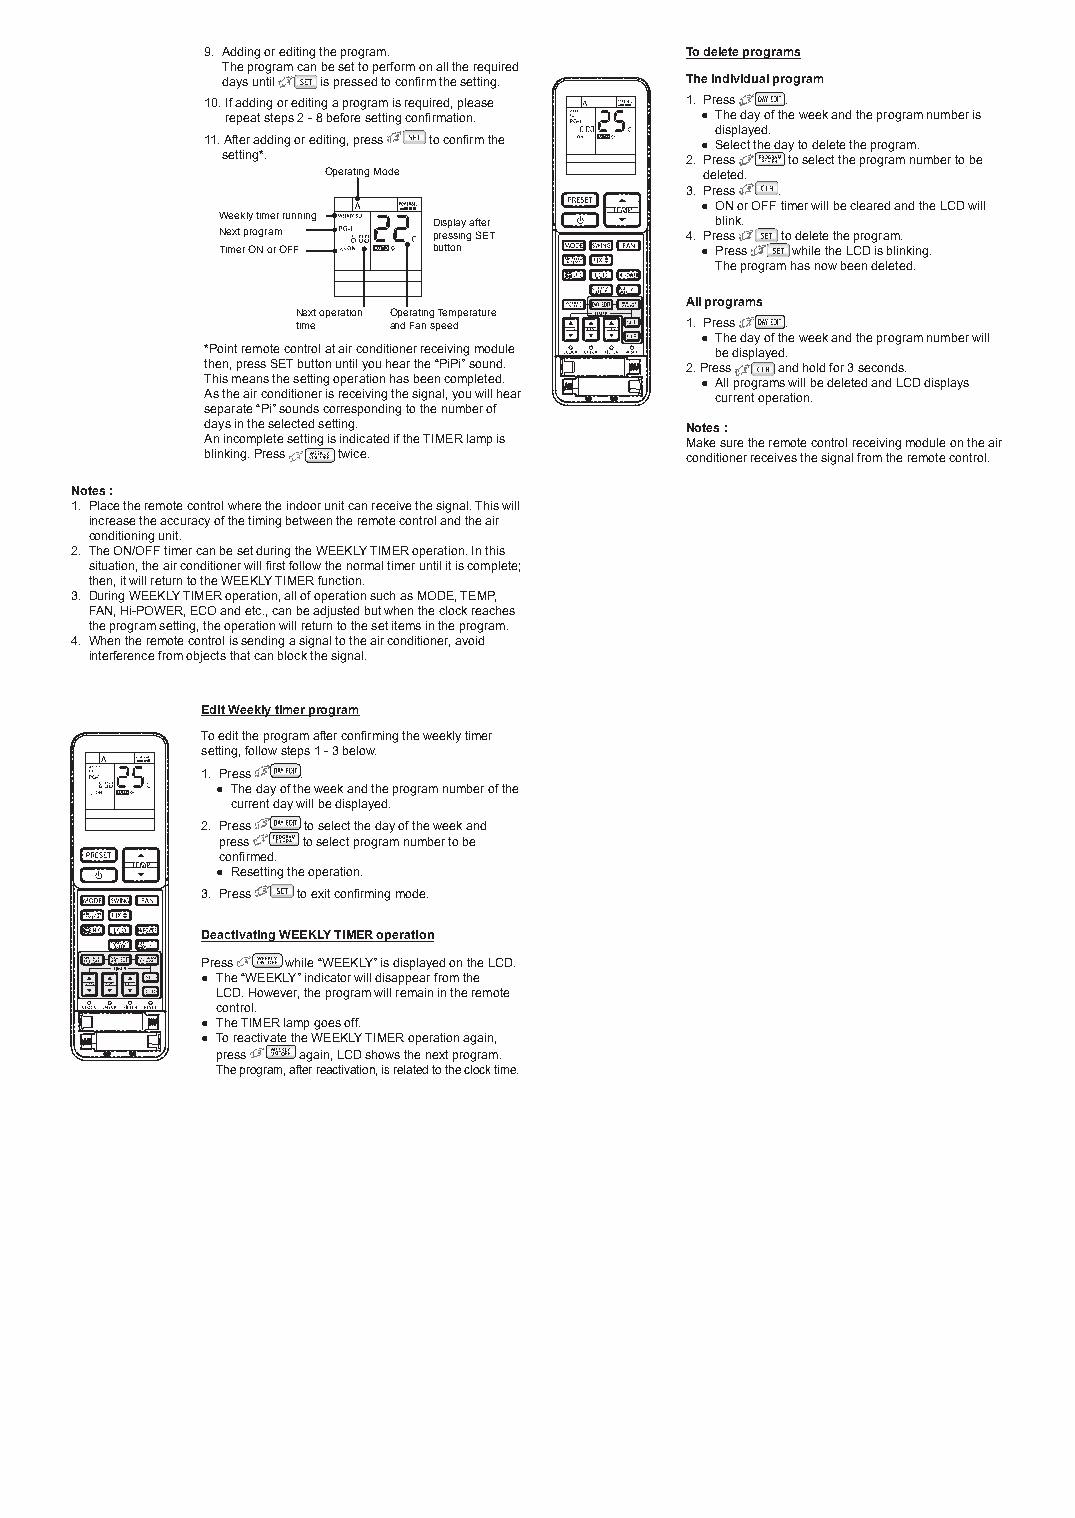
9. Adding or editing the program. To delete programs
 The program can be set to perform on all the required
 days until is pressed to confirm the setting. The individual program
 10. If adding or editing a program is required, please 1. Press .
 repeat steps 2 - 8 before setting confirmation. ● The day of the week and the program number is
 displayed.
 11. After adding or editing, press to confirm the ● Select the day to delete the program.
 setting*.                     2. Press to select the program number to be
 Operating Mode            deleted.
 3. Press .
 ● ON or OFF timer will be cleared and the LCD will
 Weekly timer running Display after blink.
 Next program  pressing SET    4. Press to delete the program.
 Timer ON or OFF button         ● Press while the LCD is blinking.
 The program has now been deleted.
 All programs
 Next operation Operating Temperature
 time  and Fan speed      1. Press .
 ● The day of the week and the program number will
 *Point remote control at air conditioner receiving module be displayed.
 then, press SET button until you hear the “PiPi” sound. 2. Press and hold for 3 seconds.
 This means the setting operation has been completed. ● All programs will be deleted and LCD displays
 As the air conditioner is receiving the signal, you will hear current operation.
 separate “Pi” sounds corresponding to the number of
 days in the selected setting.  Notes :
 An incomplete setting is indicated if the TIMER lamp is Make sure the remote control receiving module on the air
 blinking. Press twice.         conditioner receives the signal from the remote control.
 Notes :
 1. Place the remote control where the indoor unit can receive the signal. This will
 increase the accuracy of the timing between the remote control and the air
 conditioning unit.
 2. The ON/OFF timer can be set during the WEEKLY TIMER operation. In this
 situation, the air conditioner will first follow the normal timer until it is complete;
 then, it will return to the WEEKLY TIMER function.
 3. During WEEKLY TIMER operation, all of operation such as MODE, TEMP,
 FAN, Hi-POWER, ECO and etc., can be adjusted but when the clock reaches
 the program setting, the operation will return to the set items in the program.
 4. When the remote control is sending a signal to the air conditioner, avoid
 interference from objects that can block the signal.
 Edit Weekly timer program
 To edit the program after confirming the weekly timer
 setting, follow steps 1 - 3 below.
 1. Press .
 ● The day of the week and the program number of the
 current day will be displayed.
 2. Press to select the day of the week and
 press to select program number to be
 confirmed.
 ● Resetting the operation.
 3. Press to exit confirming mode.
 Deactivating WEEKLY TIMER operation
 Press while “WEEKLY” is displayed on the LCD.
 ● The “WEEKLY” indicator will disappear from the
 LCD. However, the program will remain in the remote
 control.
 ● The TIMER lamp goes off.
 ● To reactivate the WEEKLY TIMER operation again,
 press again, LCD shows the next program.
 The program, after reactivation, is related to the clock time.